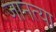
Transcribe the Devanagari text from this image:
जानत्या